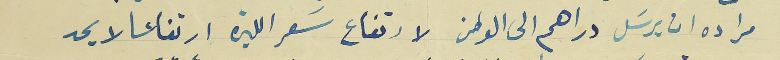
مراده ان يرسَل دراهم الى الوطن لارتفاع سَعر الليرة ارتفاعا لا يحد